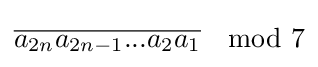
{\overline {a_{2n}a_{2n-1}...a_{2}a_{1}}}\mod 7